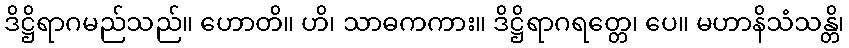
ဒိဋ္ဌိရာဂမည်သည်။ ဟောတိ။ ဟိ၊ သာဓကကား။ ဒိဋ္ဌိရာဂရတ္တေ၊ ပေ။ မဟာနိသံသန္တိ၊